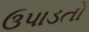
ઉપાડતો